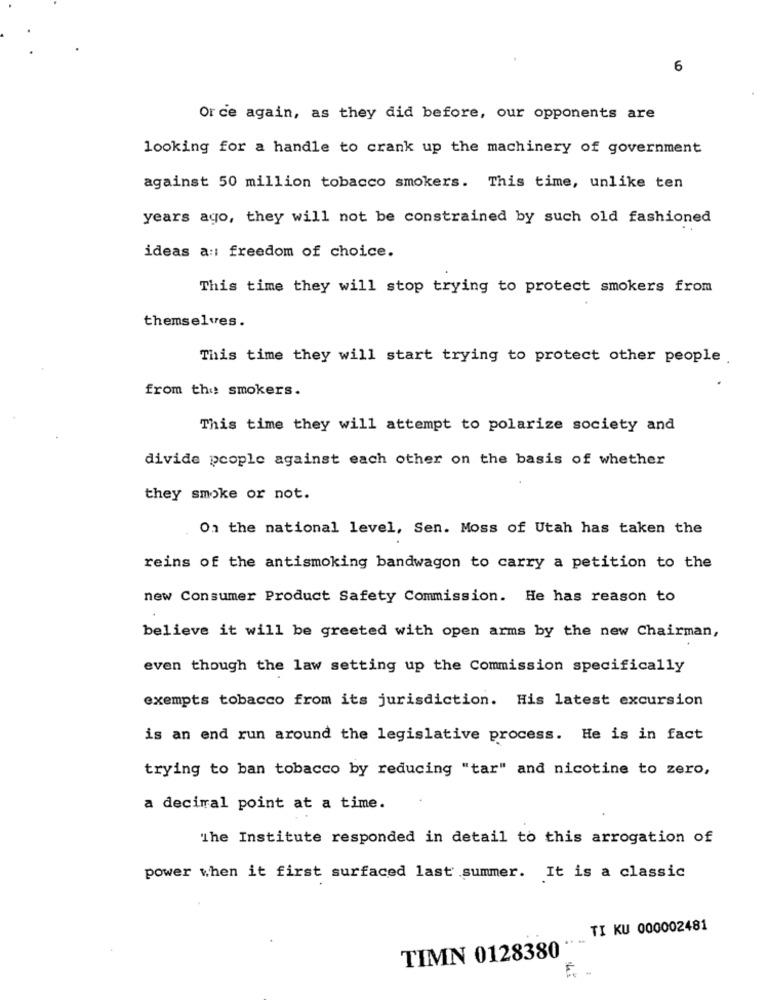
6
Or ce again, as they did before, our opponents are
looking for a handle to crank up the machinery of government
against 50 million tobacco smokers. This time, unlike ten
years ago, they will not be constrained by such old fashioned
ideas a :: freedom of choice.
This time they will stop trying to protect smokers from
themselves.
This time they will start trying to protect other people
from the: smokers.
This time they will attempt to polarize society and
divide people against each other on the basis of whether
they smoke or not.
On the national level, Sen. Moss of Utah has taken the
reins of the antismoking bandwagon to carry a petition to the
new Consumer Product Safety Commission. He has reason to
believe it will be greeted with open arms by the new Chairman,
even though the law setting up the Commission specifically
exempts tobacco from its jurisdiction. His latest excursion
is an end run around the legislative process. He is in fact
trying to ban tobacco by reducing "tar" and nicotine to zero,
a decimal point at a time.
'The Institute responded in detail to this arrogation of
power when it first surfaced last summer. It is a classic
TI KU 000002481
...
TIMN 0128380